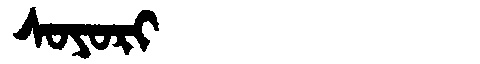
Manchu: ᠰᠣᠶᠣᡵᡳ
Romanization: SOYORI